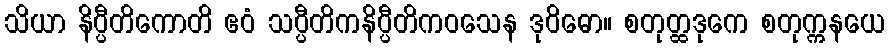
သိယာ နိပ္ပီတိကောတိ ဧဝံ သပ္ပီတိကနိပ္ပီတိကဝသေန ဒုဝိဓော။ စတုတ္ထဒုကေ စတုက္ကနယေ